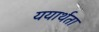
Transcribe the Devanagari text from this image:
ययार्थता